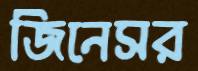
জিনেসর